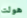
هولت